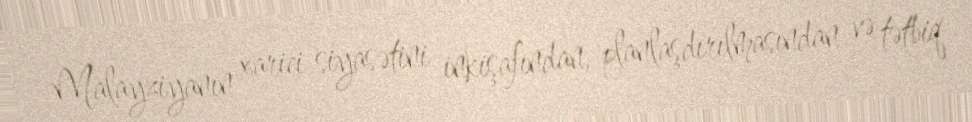
Malayziyanın xarici siyasətini inkişafından, planlaşdırılmasından və tətbiq